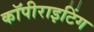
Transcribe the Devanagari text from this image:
कॉपीराइटिंग